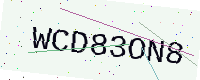
Text: WCD83ON8